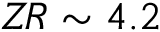
Z \! R \sim 4 . 2